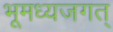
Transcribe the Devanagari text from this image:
भूमध्यजगत्‌